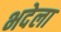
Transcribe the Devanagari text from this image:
भदेला